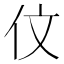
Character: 伩